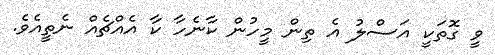
ވީ ގޮތަކީ އަސްލު އެ ތިން މީހުން ކާނެހާ ކާ އެއްޗެއް ނެތީއެވެ.